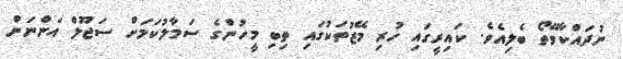
ނުދައްކާވޭތޯ ބެލިއެވެ. ކައިރީގައި ހުރި މޭޒުތަކުގައި ތިބި މީހުންގެ ސަމާލުކަމަށް ސަޖޫލް އަންނަން